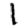
Digit: 1